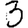
Digit: 3